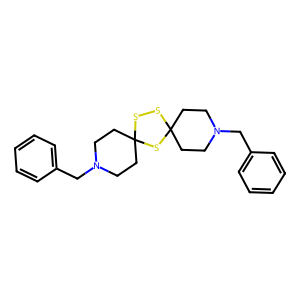
SMILES: c1ccc(CN2CCC3(CC2)SSC2(CCN(Cc4ccccc4)CC2)S3)cc1
Inhibits HIV replication: No